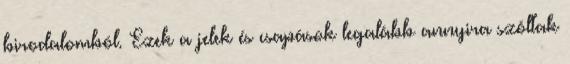
birodalomból. Ezek a jelek és csapások legalább annyira szóltak